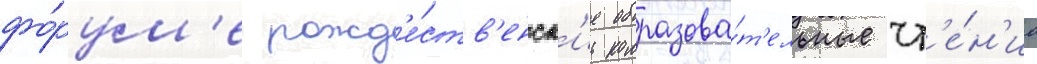
фо́рум'е рожд'е́ств'енск'ие образова́т'ельные чт'е́н'иа